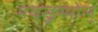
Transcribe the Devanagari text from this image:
मयन्ङुम्पोल्